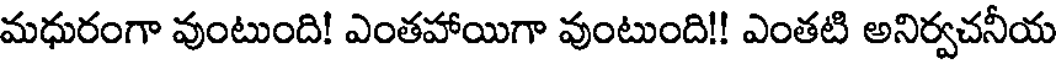
మధురంగా వుంటుంది! ఎంతహాయిగా వుంటుంది!! ఎంతటి అనిర్వచనీయ